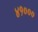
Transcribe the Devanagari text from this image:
४१०००